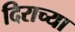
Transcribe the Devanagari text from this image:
दिराच्या